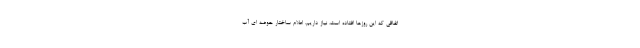
اتفاقی که این روزها افتاده است، نیاز داریم. اعلام ساختار حوضه ای آب